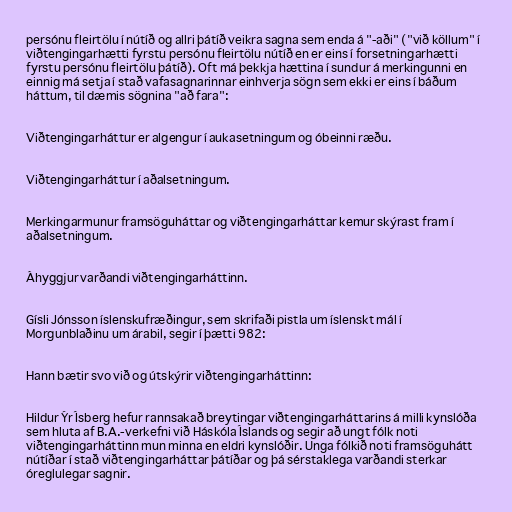
persónu fleirtölu í nútíð og allri þátíð veikra sagna sem enda á "-aði" ("við köllum" í
viðtengingarhætti fyrstu persónu fleirtölu nútíð en er eins í forsetningarhætti
fyrstu persónu fleirtölu þátíð). Oft má þekkja hættina í sundur á merkingunni en
einnig má setja í stað vafasagnarinnar einhverja sögn sem ekki er eins í báðum
háttum, til dæmis sögnina "að fara":

Viðtengingarháttur er algengur í aukasetningum og óbeinni ræðu.

Viðtengingarháttur í aðalsetningum.

Merkingarmunur framsöguháttar og viðtengingarháttar kemur skýrast fram í
aðalsetningum.

Áhyggjur varðandi viðtengingarháttinn.

Gísli Jónsson íslenskufræðingur, sem skrifaði pistla um íslenskt mál í
Morgunblaðinu um árabil, segir í þætti 982:

Hann bætir svo við og útskýrir viðtengingarháttinn:

Hildur Ýr Ísberg hefur rannsakað breytingar viðtengingarháttarins á milli kynslóða
sem hluta af B.A.-verkefni við Háskóla Íslands og segir að ungt fólk noti
viðtengingarháttinn mun minna en eldri kynslóðir. Unga fólkið noti framsöguhátt
nútíðar í stað viðtengingarháttar þátíðar og þá sérstaklega varðandi sterkar
óreglulegar sagnir.